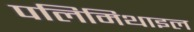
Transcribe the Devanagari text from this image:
पलिमिथाइल